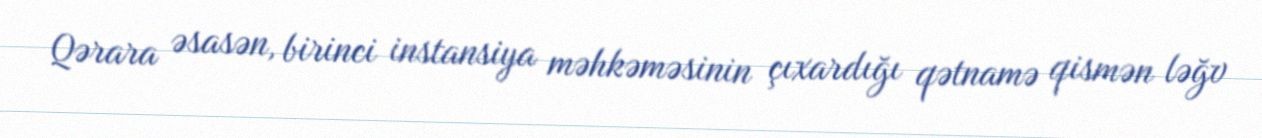
Qərara əsasən, birinci instansiya məhkəməsinin çıxardığı qətnamə qismən ləğv